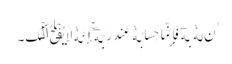
ٰنَ لَهُ ۥ بِهِۦ فَإِنَّمَا حِسَابُهُ ۥ عِندَ رَبِّهِۦۤ‌ۚ إِنَّهُ ۥ لَا یُفۡلِحُ ٱلۡکَ۔